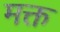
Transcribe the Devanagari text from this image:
मक्त